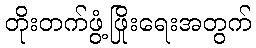
တိုးတက်ဖွံ့ဖြိုးရေးအတွက်